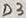
Text: D3